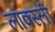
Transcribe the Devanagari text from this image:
लॉक्स्ली